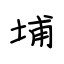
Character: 埔